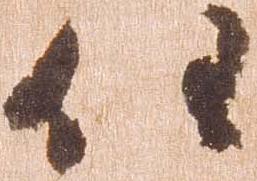
任